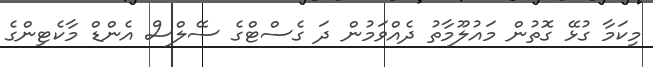
މިކަމާ ގުޅޭ ގޮތުން މައުލޫމާތު ދެއްވަމުން ދަ ގެސްޓްގެ ސޭލްސް އެންޑް މާކެޓިންގެ